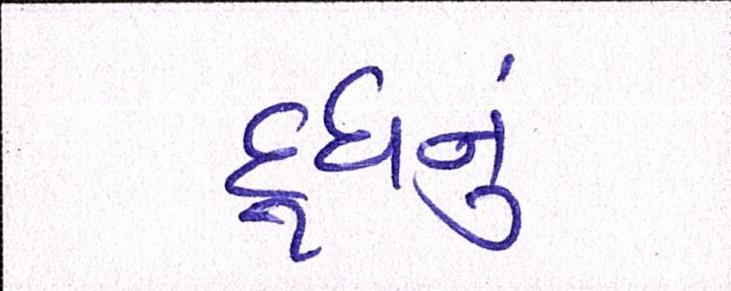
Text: દૂધનું